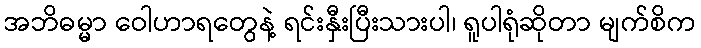
အဘိဓမ္မာ ဝေါဟာရတွေနဲ့ ရင်းနှီးပြီးသားပါ၊ ရူပါရုံဆိုတာ မျက်စိက